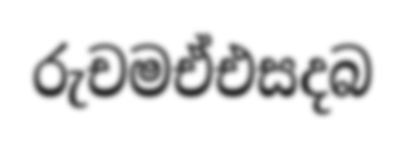
රුචමඒඑසදබ